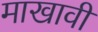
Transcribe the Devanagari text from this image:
माखावी